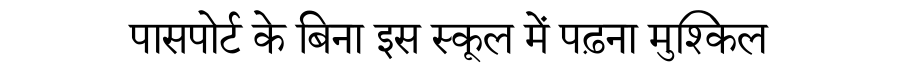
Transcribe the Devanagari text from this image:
पासपोर्ट के बिना इस स्कूल में पढ़ना मुश्किल